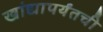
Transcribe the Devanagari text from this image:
खांद्यापर्यंतची